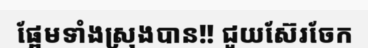
ផ្អែមទាំងស្រុងបាន!! ជួយស៊ែរចែក